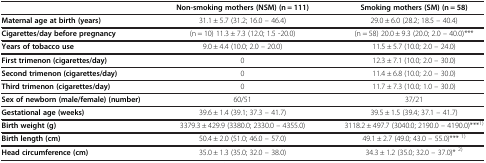
<table><thead><tr><td><b> </b></td><td><b>Non-smoking mothers (NSM) (n = 111)</b></td><td><b>Smoking mothers (SM) (n = 58)</b></td></tr></thead><tbody><tr><td><b>Maternal age at birth (years)</b></td><td>31.1 ± 5.7 (31.2; 16.0 – 46.4)</td><td>29.0 ± 6.0 (28.2; 18.5 – 40.4)</td></tr><tr><td><b>Cigarettes/day before pregnancy</b></td><td>(n = 10) 11.3 ± 7.3 (12.0; 1.5 -20.0)</td><td>(n = 58) 20.0 ± 9.3 (20.0; 2.0 – 40.0)***</td></tr><tr><td><b>Years of tobacco use</b></td><td>9.0 ± 4.4 (10.0; 2.0 – 20.0)</td><td>11.5 ± 5.7 (10.0; 2.0 – 24.0)</td></tr><tr><td><b>First trimenon (cigarettes/day)</b></td><td>0</td><td>12.3 ± 7.1 (10.0; 2.0 – 30.0)</td></tr><tr><td><b>Second trimenon (cigarettes/day)</b></td><td>0</td><td>11.4 ± 6.8 (10.0; 2.0 – 30.0)</td></tr><tr><td><b>Third trimenon (cigarettes/day)</b></td><td>0</td><td>11.7 ± 7.3 (10.0; 1.0 – 30.0)</td></tr><tr><td><b>Sex of newborn (male/female) (number)</b></td><td>60/51</td><td>37/21</td></tr><tr><td><b>Gestational age (weeks)</b></td><td>39.6 ± 1.4 (39.1; 37.3 – 41.7)</td><td>39.5 ± 1.5 (39.4; 37.1 – 41.7)</td></tr><tr><td><b>Birth weight (g)</b></td><td>3379.3 ± 429.9 (3380.0; 2330.0 – 4355.0)</td><td>3118.2 ± 497.7 (3040.0; 2190.0 – 4190.0)***<sup>1)</sup></td></tr><tr><td><b>Birth length (cm)</b></td><td>50.4 ± 2.0 (51.0; 46.0 – 57.0)</td><td>49.1 ± 2.7 (49.0; 43.0 – 55.0)*** <sup>1)</sup></td></tr><tr><td><b>Head circumference (cm)</b></td><td>35.0 ± 1.3 (35.0; 32.0 – 38.0)</td><td>34.3 ± 1.2 (35.0; 32.0 – 37.0)* <sup>2)</sup></td></tr></tbody></table>